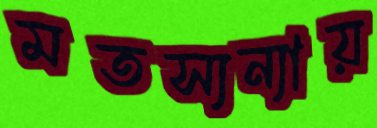
মতস্যন্যায়